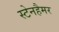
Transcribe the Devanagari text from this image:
स्टेनहैमर